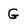
Character: G